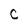
Character: c